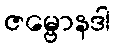
ဇမ္ဗောနဒါ